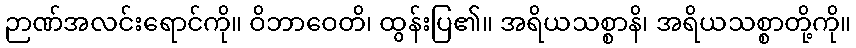
ဉာဏ်အလင်းရောင်ကို။ ဝိဘာဝေတိ၊ ထွန်းပြ၏။ အရိယသစ္စာနိ၊ အရိယသစ္စာတို့ကို။